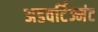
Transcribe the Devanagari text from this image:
अडवर्टिज्मंट